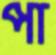
পা